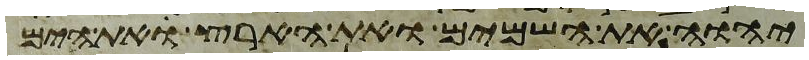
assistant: יהוה את השמים ואת הארץ את הים